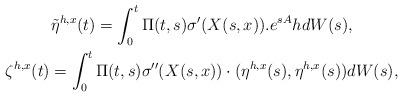
LaTeX: \begin{align*}\begin{gathered}\tilde{\eta}^{h,x}(t)=\int_{0}^{t}\Pi(t,s)\sigma'(X(s,x)).e^{sA}h dW(s),\\\zeta^{h,x}(t)= \int_0^t \Pi(t,s)\sigma''(X(s,x))\cdot (\eta^{h,x}(s),\eta^{h,x}(s)) dW(s),\end{gathered}\end{align*}